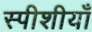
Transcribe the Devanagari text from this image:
स्पीशीयाँ